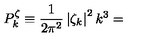
P _ { k } ^ { \zeta } \equiv \frac { 1 } { 2 \pi ^ { 2 } } \left| \zeta _ { k } \right| ^ { 2 } k ^ { 3 } =